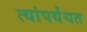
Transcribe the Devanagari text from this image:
त्यांपर्यंयत